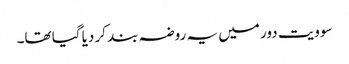
سوویت دور میں یہ روضہ بند کر دیا گیا تھا۔